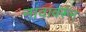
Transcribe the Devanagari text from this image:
नांवांवरून